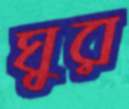
ঘুর